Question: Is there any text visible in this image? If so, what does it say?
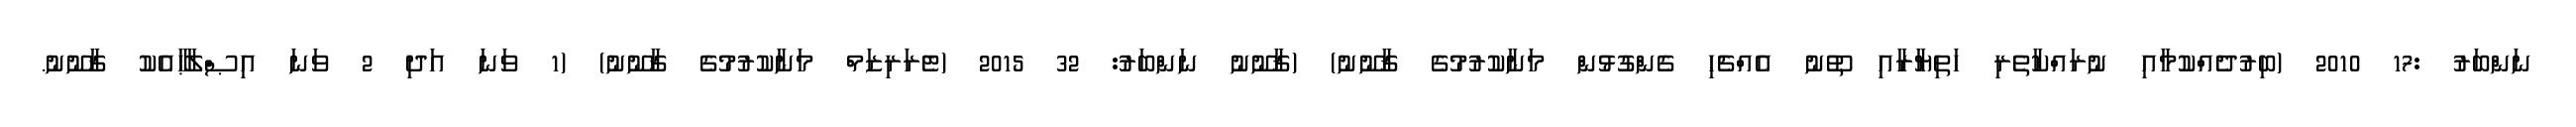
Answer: ނަންބަރު :17 2010 (ބިރުދެއްކުމާއި ނުރައްކާތެރި ހަތިޔާރާއި ތޫނު އެއްޗެހި ގެންގުޅުން މަނާކުރުމުގެ ޤާނޫނު) (ޤާނޫނު ނަންބަރު: 32 2015 (ޓެރަރިޒަމް މަނާކުރުމުގެ ޤާނޫނު) (1 ވަނަ އަދި 2 ވަނަ އިޞްލާޙާއެކު ޤާނޫނު.